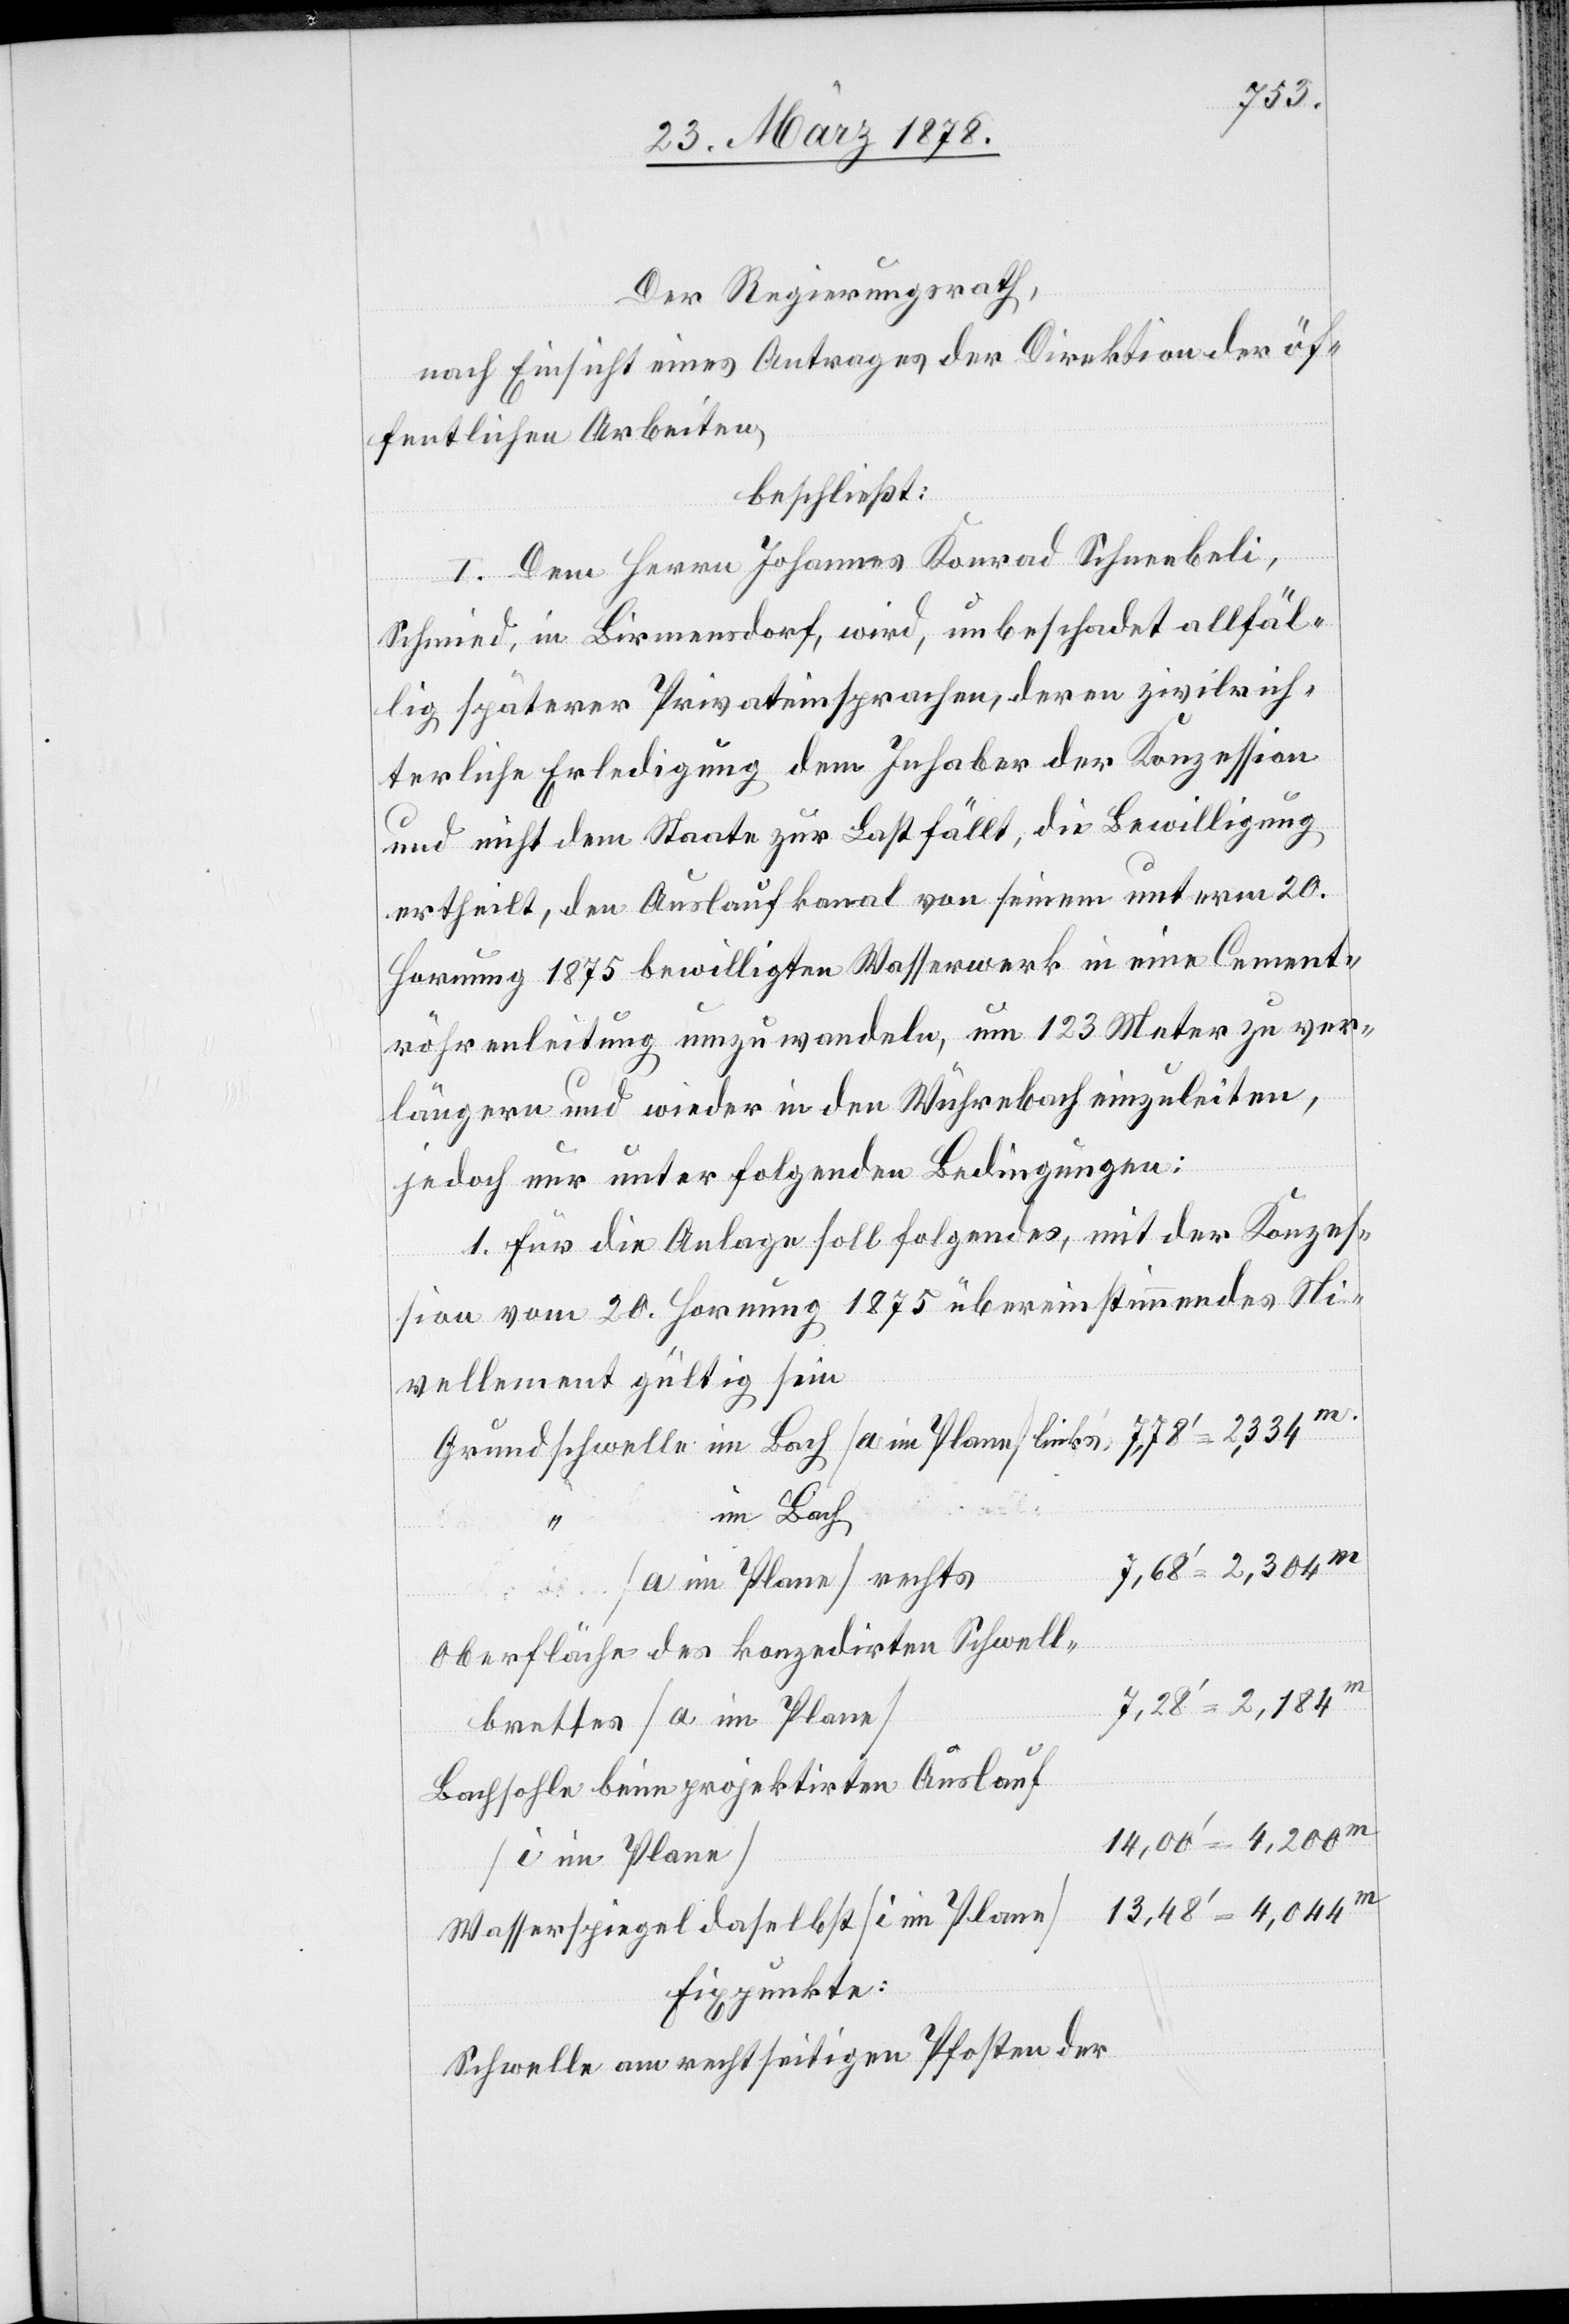
Der Regierungsrath,
nach Einsicht eines Antrages der Direktion der öf¬
fentlichen Arbeiten,
beschließt:
I. Dem Herrn Johannes Konrad Schneebeli,
Schmied, in Birmensdorf, wird, unbeschadet allfäl¬
lig späterer Privateinsprachen, deren zivilrich¬
terliche Erledigung dem Inhaber der Konzession
und nicht dem Staate zur Last fällt, die Bewilligung
ertheilt, den Auslaufkanal von seinem unterm 20.
Hornung 1875 bewilligten Wasserwerk in eine Cement¬
röhrenleitung umzuwandeln, um 123 Meter zu ver¬
längern und wieder in den Wührebach einzuleiten,
jedoch nur unter folgenden Bedingungen:
1. Für die Anlage soll folgendes, mit der Konzes¬
sion vom 20. Hornung 1875 übereinstimmendes Ni¬
vellement gültig sein
im Bach
2334m
(a im Palne) rechts
Oberfläche des konzedirten Schwell¬
brettes (a im Plane)
Bachsohle beim projektirten Auslauf
(i im Plane)
Wasserspeigel daselbst (i im Plane)
Fixpunkte:
Schwelle am rechtseitigen Pfosten der